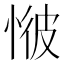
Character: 𢜢